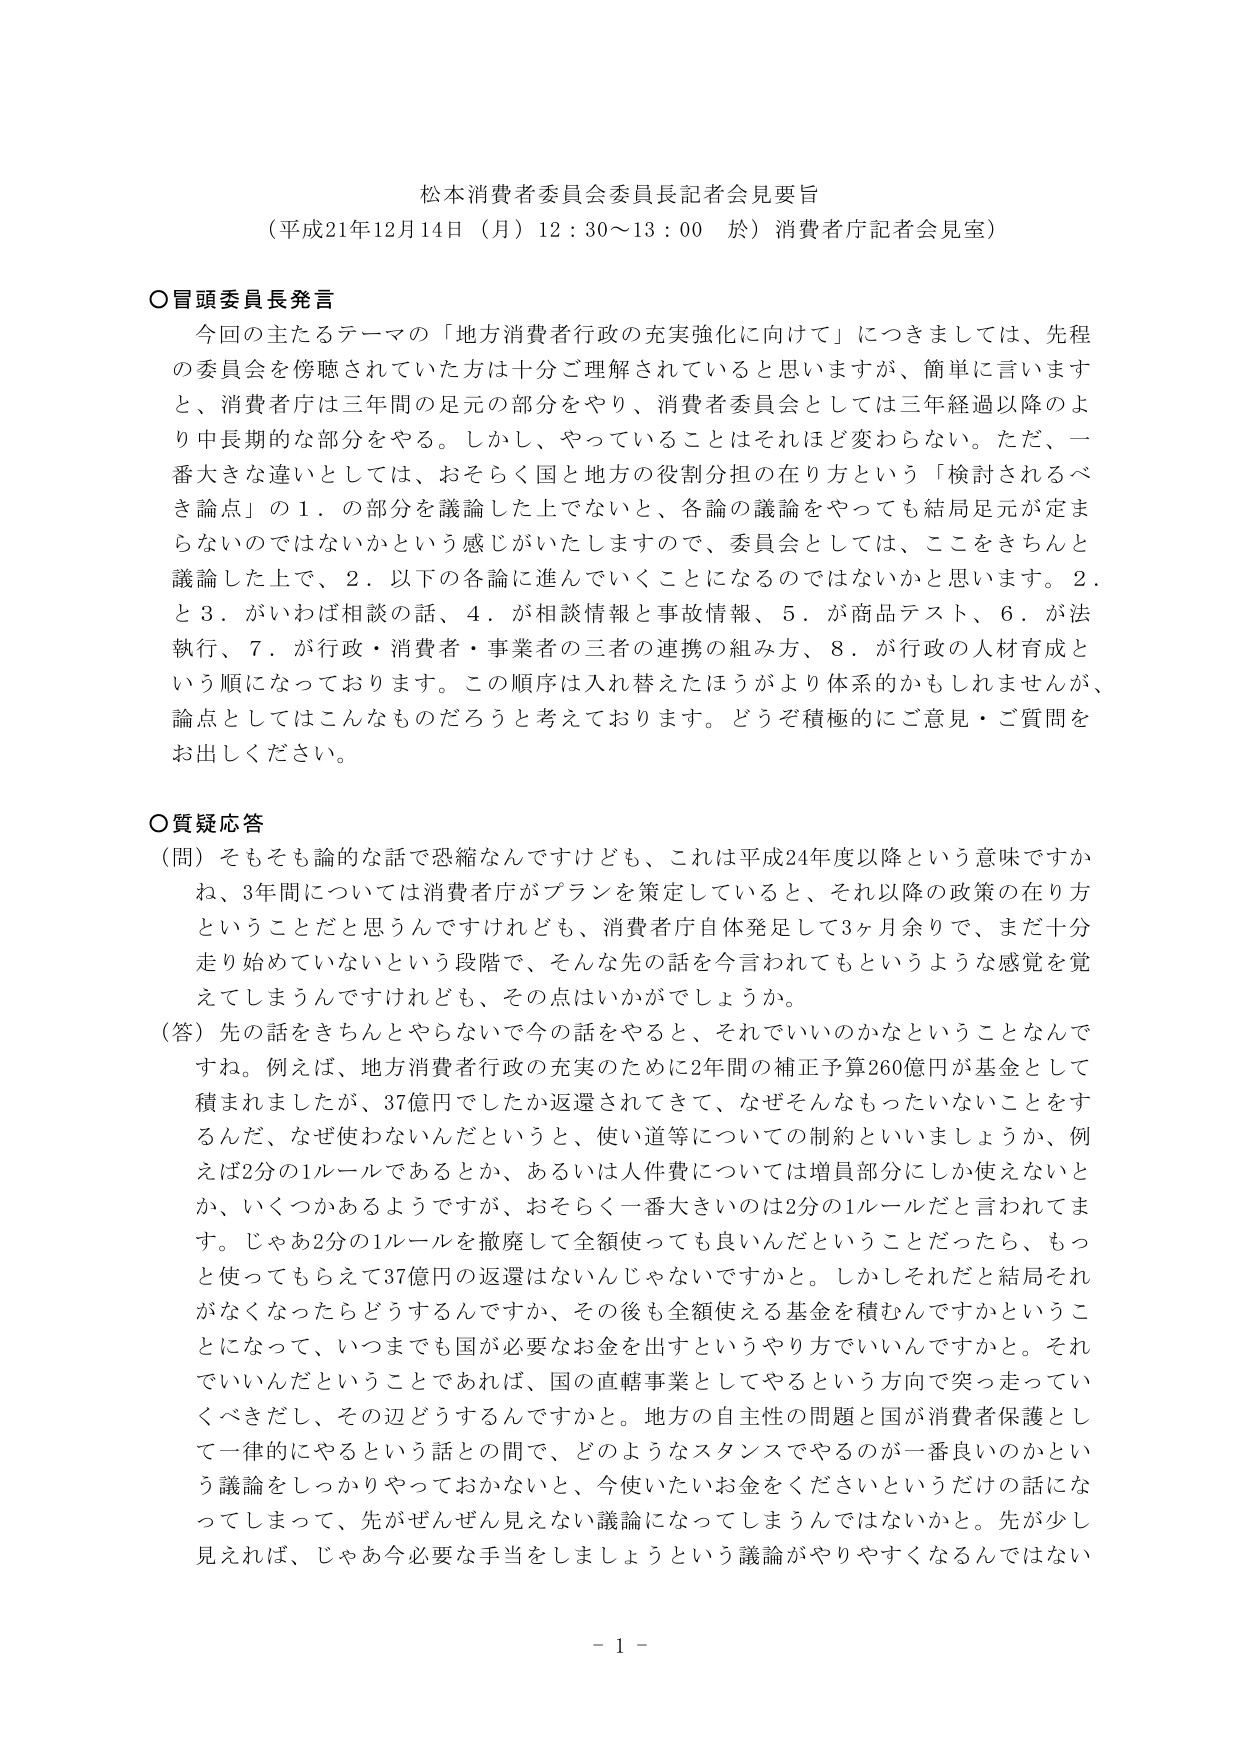
松本消費者委員会委員長記者会見要旨
（平成21年12月14日（月）12：30～13：00 於）消費者庁記者会見室）

○冒頭委員長発言
今回の主たるテーマの「地方消費者行政の充実強化に向けて」につきましては、先程の委員会を傍聴されていた方は十分ご理解されていると思いますが、簡単に言いますと、消費者庁は三年間の足元の部分をやり、消費者委員会としては三年経過以降のより中長期的な部分をやる。しかし、やっていることはそれほど変わらない。ただ、一番大きな違いとしては、おそらく国と地方の役割分担の在り方という「検討されるべき論点」の1．の部分を議論した上でない、各論の議論をやっても結局足元が定まらないのではないかという感じがいたしますので、委員会としては、ここをきちんと議論した上で、2．以下の各論に進んでいくことになるのではないかと思います。2．と3．がいわば相談の話、4．が相談情報と事故情報、5．が商品テスト、6．が法執行、7．が行政・消費者・事業者の三者の連携の組み方、8．が行政の人材育成という順になっております。この順序は入れ替えたらほうがより体系的かもしれませんが、論点としてはこんなものだろうと考えております。どうぞ積極的にご意見・ご質問をお出しください。

○質疑応答
（問）そもそも論的な話で恐縮なんですけども、これは平成24年度以降という意味ですかね、3年間については消費者庁がプランを策定していると、それ以降の政策の在り方ということだと思うんですけれども、消費者庁自体発足して3ヶ月余りで、まだ十分走り始めていないという段階で、そんな先の話を今言われてもというような感覚を覚えてしまうんですけども、その点はいかがでしょうか。
（答）先の話をきちんとやらないで今の話をやると、それでいいのかなということなんです。例えば、地方消費者行政の充実のために2年間の補正予算260億円が基金として積まれましたが、37億円でしたか返還されてきて、なぜそんなもったいないことをするんだ、なぜ使わないんだというと、使い道等についての制約といいましょうか、例えば2分の1ルールであるとか、あるいは人件費については増員部分にしか使えないとか、いくつかあるようですが、おそらく一番大きいのは2分の1ルールだと言われてます。じゃあ2分の1ルールを撤廃して全額使っても良いんだということだったら、もっと使ってもらえて37億円の返還はないんじゃないですかと。しかしそれだと結局それがなくなったらどうするんですか、その後も全額使える基金を積むんですかということになって、いつまでも国が必要なお金を出すというやり方でいいんですかと。それでいいんだということであれば、国の直轄事業としてやるという方向で突っ走っていべきだし、その辺どうするんですかと。地方の自主性の問題と国が消費者保護として一律的にやるという話との間で、どのようなスタンスでやるのが一番良いのかという議論をしっかりやっておかないと、今使いたいお金をくださいというだけの話になってしまって、先がぜんぜん見えない議論になってしまうんではないかと。先が少し見えれば、じゃあ今必要な手当をしましょうという議論がやりやすくなるんではない

- 1 -